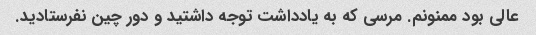
عالی بود ممنونم. مرسی که به یادداشت توجه داشتید و دور چین نفرستادید.